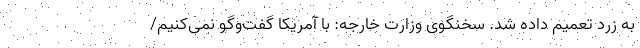
به زرد تعمیم داده شد. سخنگوی وزارت خارجه: با آمریکا گفت‌وگو نمی‌کنیم/